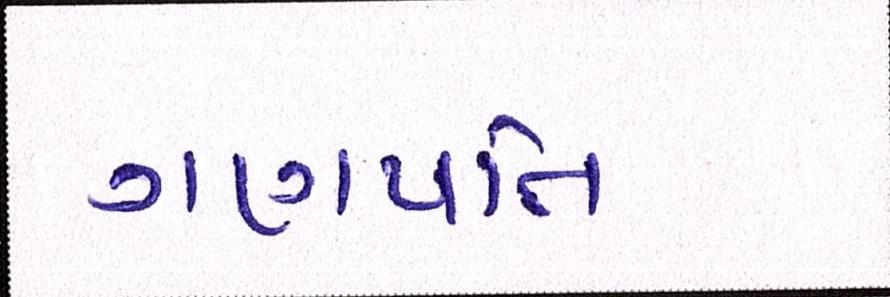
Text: ગણપતિ